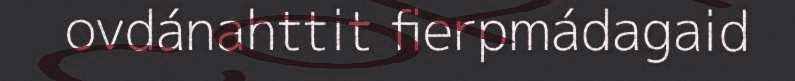
ovdánahttit fierpmádagaid